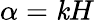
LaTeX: \alpha=\mathit{k}H